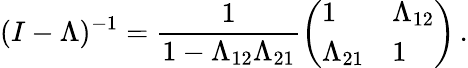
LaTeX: (I-\Lambda)^{-1}=\frac{1}{1-\Lambda_{12}\Lambda_{21}}\left(\begin{array}{ll}{1}&{\Lambda_{12}}\\ {\Lambda_{21}}&{1}\end{array}\right)\, .